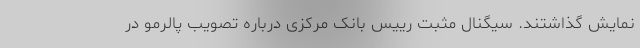
نمایش گذاشتند. سیگنال مثبت رییس بانک مرکزی درباره تصویب پالرمو در